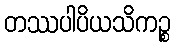
တဿပါပိယသိကဉ္စ